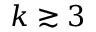
k \gtrsim 3